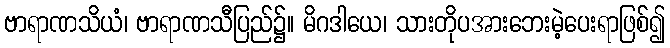
ဗာရာဏသိယံ၊ ဗာရာဏသီပြည်၌။ မိဂဒါယေ၊ သားတိုပအားဘေးမဲ့ပေးရာဖြစ်၍